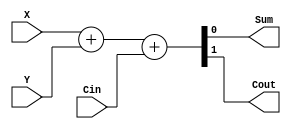
`timescale 1ns / 1ps
//////////////////////////////////////////////////////////////////////////////////
// Company: 
// Engineer: 
// 
// Design Name: 
// Module Name:    task2 
// Project Name: 
// Target Devices: 
// Tool versions: 
// Description: 
//
// Dependencies: 
//
// Revision: 
// Revision 0.01 - File Created
// Additional Comments: 
//
//////////////////////////////////////////////////////////////////////////////////
module FullAdderr(Sum, Cout, X, Y, Cin);
input X, Y, Cin;
output Sum, Cout;
//Behavoural Code
assign {Cout,Sum}=X+Y+Cin;
endmodule

module RippleCAdder (Cout, S, X, Y);
output Cout;
output [3:0] S;
input [3:0] X, Y;
wire [2:0] C; //Intermediate/Internal Carries
// FA1 (Sum, Cout, X, Y, Cin); //FA1's Interface (I/O Pins)
FullAdderr fulla0 (S[0], C[0], X[0], Y[0], 1'b0);
FullAdderr fulla1 (S[1], C[1], X[1], Y[1], C[0]);
FullAdderr fulla2 (S[2], C[2], X[2], Y[2], C[1]);
FullAdderr fulla3 (S[3], Cout, X[3], Y[3], C[2]);
endmodule

module DECODER7_out(out,dp,en,Cout,X,Y);

output Cout;
wire [3:0] S;
input [3:0] X, Y;
RippleCAdder rc(Cout,S,X,Y);
output [6:0] out;
output dp;
input en;

assign dp=en;
    assign out =
  (S==0)?(7'b1000000):
    (S==1)?(7'b1111001):
    (S==2)?(7'b0100100):
    (S==3)?(7'b0110000):
    (S==4)?(7'b0011001):
    (S==5)?(7'b0010010):
    (S==6)?(7'b0000010):
    (S==7)?(7'b1111000):
	 (S==8)?(7'b0000000):
	 (S==9)?(7'b0011000):(7'b1111111);
       
endmodule